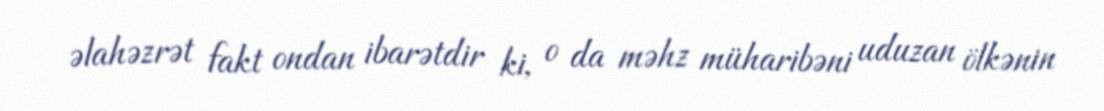
əlahəzrət fakt ondan ibarətdir ki, o da məhz müharibəni uduzan ölkənin